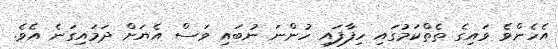
އެހެންވެ ވައިގެ ތެތްކަމުގައި ހިފާފައި ހުންނަ ނުބައި ވަސް އެޔަށް ދަމައިގަނެ އެވެ.